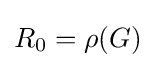
R_{0}=\rho (G)